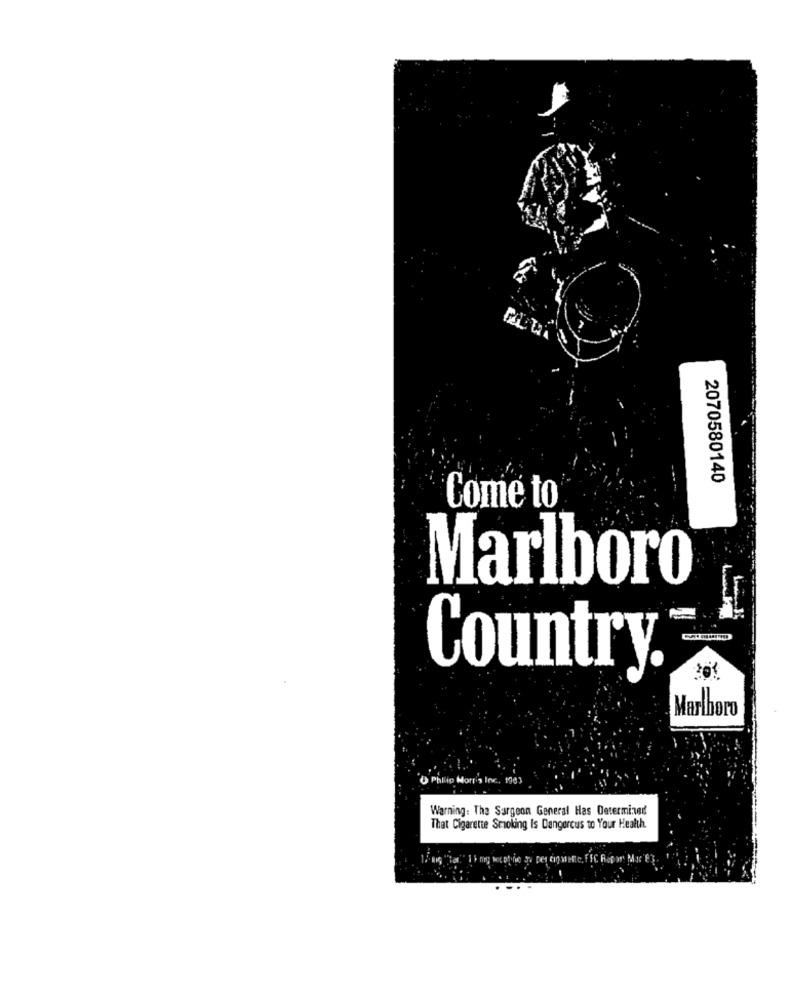
2070580140
Come to
Marlboro
Country
Marlboro
Morr's Inc. 1963
Warning: The Surgeon General Has Determined
That Cigarette Smoking Is Dangerous to Your Health.
ry Ant phonie a. Des tigmette, FIC Report Mac'e